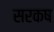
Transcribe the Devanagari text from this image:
सरकष